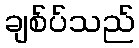
ချစ်ပ်သည်